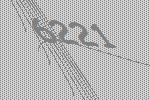
6221